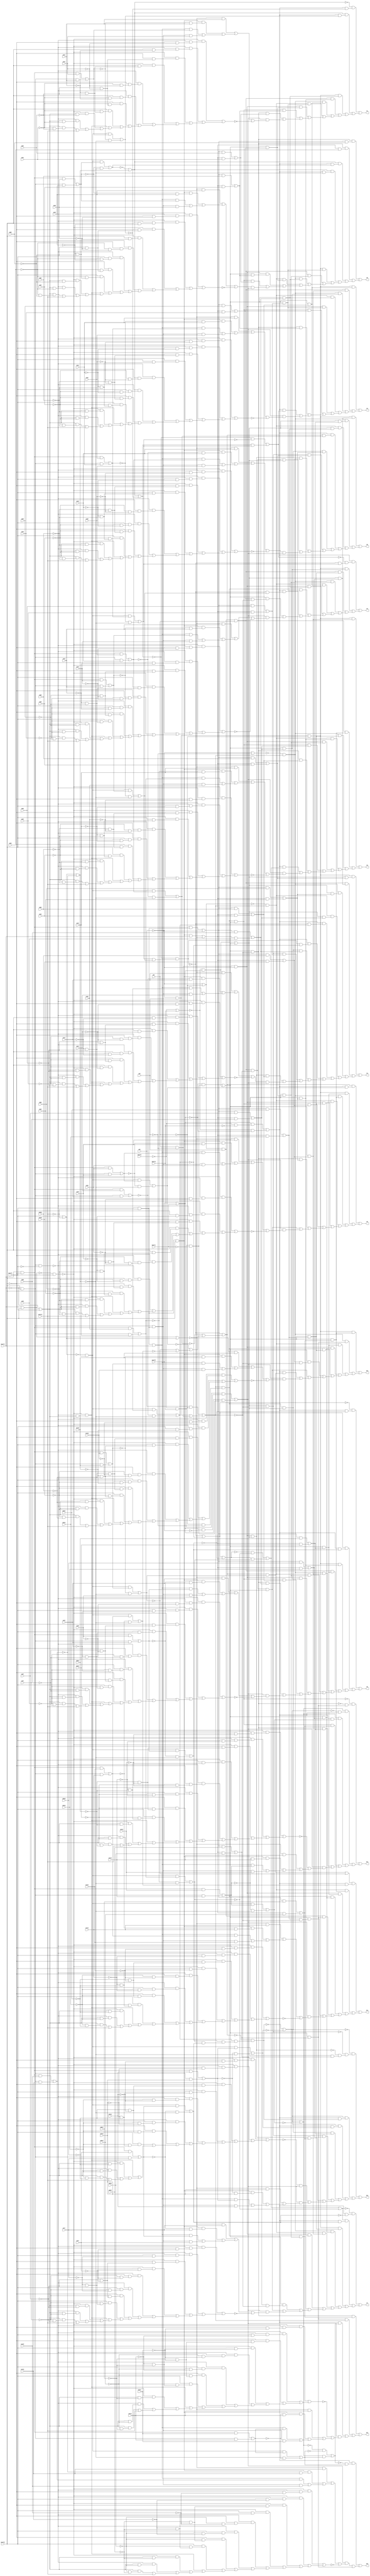
// IWLS benchmark module "dalu" printed on Wed May 29 16:32:29 2002
module dalu(inA15, inA14, inA13, inA12, inA11, inA10, inA9, inA8, inA7, inA6, inA5, inA4, inA3, inA2, inA1, inA0, inB15, inB14, inB13, inB12, inB11, inB10, inB9, inB8, inB7, inB6, inB5, inB4, inB3, inB2, inB1, inB0, inC15, inC14, inC13, inC12, inC11, inC10, inC9, inC8, inC7, inC6, inC5, inC4, inC3, inC2, inC1, inC0, inD15, inD14, inD13, inD12, inD11, inD10, inD9, inD8, inD7, inD6, inD5, inD4, inD3, inD2, inD1, inD0, opsel3, opsel2, opsel1, opsel0, musel4, musel3, musel2, musel1, sh2, sh1, sh0, O15, O14, O13, O12, O11, O10, O9, O8, O7, O6, O5, O4, O3, O2, O1, O0);
input
  inA0,
  inA1,
  inA2,
  inA3,
  inA4,
  inA5,
  inA6,
  inA7,
  inA8,
  inA9,
  inB0,
  inB1,
  inB2,
  inB3,
  inB4,
  inB5,
  inB6,
  inB7,
  inB8,
  inB9,
  inC0,
  inC1,
  inC2,
  inC3,
  inC4,
  inC5,
  inC6,
  inC7,
  inC8,
  inC9,
  inD0,
  inD1,
  inD2,
  inD3,
  inD4,
  inD5,
  inD6,
  inD7,
  inD8,
  inD9,
  inA10,
  inA11,
  inA12,
  inA13,
  inA14,
  inA15,
  inB10,
  inB11,
  inB12,
  inB13,
  inB14,
  inB15,
  inC10,
  inC11,
  inC12,
  inC13,
  inC14,
  inC15,
  inD10,
  inD11,
  inD12,
  inD13,
  inD14,
  inD15,
  musel1,
  musel2,
  musel3,
  musel4,
  sh0,
  sh1,
  sh2,
  opsel0,
  opsel1,
  opsel2,
  opsel3;
output
  O10,
  O11,
  O12,
  O13,
  O14,
  O15,
  O0,
  O1,
  O2,
  O3,
  O4,
  O5,
  O6,
  O7,
  O8,
  O9;
wire
  \[60] ,
  \[61] ,
  \[5928] ,
  \[8586] ,
  \[5542] ,
  \[62] ,
  \[63] ,
  \[64] ,
  \[65] ,
  \[8491] ,
  \[66] ,
  \[67] ,
  \[5835] ,
  \[69] ,
  \[8418] ,
  \[9529] ,
  \[6082] ,
  \[5645] ,
  \[9337] ,
  \[0] ,
  \[5933] ,
  \[5740] ,
  \[1] ,
  \[6008] ,
  \[9433] ,
  \[2] ,
  \[3] ,
  \[1478] ,
  \[4] ,
  \[5] ,
  \[71] ,
  \[6105] ,
  \[6] ,
  \[72] ,
  \[5840] ,
  \[7] ,
  \[73] ,
  \[1382] ,
  \[5554] ,
  \[8] ,
  \[74] ,
  \[5748] ,
  \[1400] ,
  \[5555] ,
  \[9] ,
  \[75] ,
  \[76] ,
  \[1115] ,
  \[8905] ,
  \[5844] ,
  \[77] ,
  \[8520] ,
  \[78] ,
  \[5653] ,
  \[5849] ,
  \[1502] ,
  \[6094] ,
  \[1580] ,
  \[6114] ,
  \[8335] ,
  \[82] ,
  \[5563] ,
  \[83] ,
  \[9449] ,
  \[84] ,
  \[5758] ,
  \[85] ,
  \[9545] ,
  \[5854] ,
  \[9353] ,
  \[88] ,
  \[8917] ,
  \[5663] ,
  \[89] ,
  \[5950] ,
  \[5859] ,
  \[9932] ,
  \[10] ,
  e10,
  e14,
  \[11] ,
  \[12] ,
  \[12790] ,
  \[13] ,
  \[1592] ,
  \[5957] ,
  \[14] ,
  \[8440] ,
  \[15] ,
  \[5573] ,
  \[17] ,
  \[19] ,
  \[467] ,
  \[96] ,
  \[5671] ,
  \[97] ,
  \[1616] ,
  \[5865] ,
  \[8540] ,
  \[98] ,
  \[1424] ,
  \[8929] ,
  \[102] ,
  \[1520] ,
  \[103] ,
  \[104] ,
  \[20] ,
  \[5771] ,
  \[9369] ,
  \[105] ,
  \[6038] ,
  \[21] ,
  \[106] ,
  \[6039] ,
  \[950] ,
  \[107] ,
  \[9465] ,
  \[23] ,
  \[1332] ,
  \[5967] ,
  \[5581] ,
  \[24] ,
  \[25] ,
  \[9561] ,
  \[5870] ,
  \[26] ,
  \[27] ,
  \[28] ,
  \[29] ,
  \[5681] ,
  \[5875] ,
  \[8263] ,
  \[8360] ,
  \[5609] ,
  \[30] ,
  \[5704] ,
  \[5781] ,
  \[31] ,
  \[32] ,
  \[33] ,
  \[5591] ,
  \[34] ,
  \[1630] ,
  \[35] ,
  \[8941] ,
  \[36] ,
  \[1538] ,
  \[484] ,
  \[5881] ,
  \[37] ,
  \[38] ,
  \[5789] ,
  \[8464] ,
  \[39] ,
  \[1442] ,
  \[5807] ,
  \[1349] ,
  \[6052] ,
  \[9577] ,
  \[5599] ,
  \[9401] ,
  \[5886] ,
  \[9385] ,
  \[5617] ,
  \[5904] ,
  \[5694] ,
  \[8562] ,
  \[5712] ,
  \[9674] ,
  \[9481] ,
  \[40] ,
  \[41] ,
  \[9677] ,
  \[42] ,
  \[5909] ,
  \[8181] ,
  \[43] ,
  \[44] ,
  \[5988] ,
  \[45] ,
  \[46] ,
  \[47] ,
  \[9776] ,
  \[782] ,
  \[48] ,
  \[5799] ,
  \[5893] ,
  \[49] ,
  \[5817] ,
  \[9779] ,
  e2,
  e6,
  e9,
  \[6063] ,
  \[5627] ,
  \[5898] ,
  \[8286] ,
  \[5722] ,
  \[5993] ,
  \[50] ,
  \[5917] ,
  \[5994] ,
  \[9417] ,
  \[52] ,
  \[53] ,
  \[54] ,
  \[1556] ,
  \[9513] ,
  \[5998] ,
  pgx3,
  \[9497] ,
  \[55] ,
  \[1364] ,
  \[56] ,
  \[8388] ,
  \[57] ,
  \[1460] ,
  \[5825] ,
  \[58] ,
  \[59] ,
  \[9883] ,
  \[5635] ,
  \[5922] ,
  \[5730] ,
  \[8313] ;
assign
  \[60]  = \[57]  & ~sh1,
  \[61]  = 0,
  \[5928]  = (\[45]  & \[9561] ) | (~\[9561]  & ~\[5849] ),
  \[8586]  = (\[38]  & inB1) | (\[21]  & inD1),
  \[5542]  = (~\[42]  & (~\[40]  & (~musel2 & ~inA15))) | ((~\[42]  & (~\[40]  & (musel2 & ~inC15))) | ((~\[42]  & (~musel2 & (~inB15 & ~inA15))) | ((~\[42]  & (musel2 & (~inC15 & ~inB15))) | ((~\[40]  & (~musel2 & (~inD15 & ~inA15))) | ((~\[40]  & (musel2 & (~inD15 & ~inC15))) | ((~musel2 & (~inD15 & (~inB15 & ~inA15))) | ((musel2 & (~inD15 & (~inC15 & ~inB15))) | ((~\[42]  & (~\[40]  & \[30] )) | ((~\[42]  & (\[30]  & ~inB15)) | ((~\[40]  & (\[30]  & ~inD15)) | ((\[30]  & (~inD15 & ~inB15)) | musel4))))))))))),
  \[62]  = 0,
  \[63]  = 0,
  \[64]  = ~\[5933]  | \[5849] ,
  \[65]  = ~pgx3 | ~\[5865] ,
  \[8491]  = (\[38]  & inB5) | (\[21]  & inD5),
  \[66]  = \[5998] ,
  \[67]  = ~\[12790]  | ~\[5886] ,
  \[5835]  = (\[43]  & inC0) | \[1364] ,
  \[69]  = \[5663]  | ~\[5653] ,
  \[8418]  = (\[38]  & inB8) | (\[21]  & inD8),
  \[9529]  = (\[34]  & inA3) | (\[27]  & inC3),
  \[6082]  = \[5781]  | ~\[5771] ,
  \[5645]  = (\[43]  & inC10) | \[1556] ,
  \[9337]  = (\[34]  & inA15) | (\[27]  & inC15),
  \[0]  = (\[31]  & (~\[8905]  & \[5854] )) | ((\[29]  & \[5555] ) | \[83] ),
  \[5933]  = (\[45]  & \[9577] ) | (~\[9577]  & ~\[5849] ),
  \[5740]  = (\[43]  & inC5) | \[1460] ,
  \[1]  = (\[85]  & \[8263] ) | ((\[83]  & \[5950] ) | ((\[31]  & \[8905] ) | (\[29]  & ~e14))),
  \[6008]  = \[5645]  | ~\[5635] ,
  \[9433]  = (\[34]  & inA9) | (\[27]  & inC9),
  \[2]  = (~\[107]  & (~\[85]  & \[83] )) | ((\[96]  & (~\[65]  & \[31] )) | ((\[96]  & (\[31]  & \[5859] )) | ((\[107]  & \[8263] ) | ((\[85]  & \[8286] ) | (\[29]  & \[5967] ))))),
  \[3]  = (~\[106]  & (~\[105]  & (~\[104]  & (\[20]  & \[8181] )))) | ((\[65]  & (\[31]  & pgx3)) | ((\[65]  & (\[31]  & \[5865] )) | ((\[106]  & \[8286] ) | ((\[105]  & \[8313] ) | ((\[104]  & \[8263] ) | ((\[36]  & \[24] ) | (\[24]  & \[5609] ))))))),
  \[1478]  = (\[35]  & (~\[9481]  & inC6)) | ((\[39]  & \[9481] ) | (\[37]  & inA6)),
  \[4]  = (\[88]  & (\[31]  & \[5893] )) | ((\[55]  & (\[17]  & \[8263] )) | ((\[54]  & (\[17]  & \[8286] )) | ((\[53]  & (\[17]  & \[8313] )) | ((\[50]  & (\[17]  & \[8181] )) | ((\[17]  & (\[8335]  & ~\[5950] )) | (\[29]  & \[5993] )))))),
  \[5]  = (\[60]  & (\[17]  & \[8263] )) | ((\[58]  & (\[17]  & \[8181] )) | ((\[55]  & (\[17]  & \[8286] )) | ((\[54]  & (\[17]  & \[8313] )) | ((\[53]  & (\[17]  & \[8335] )) | ((\[17]  & (\[8360]  & ~\[5950] )) | ((\[84]  & \[17] ) | ((\[31]  & \[8917] ) | (\[29]  & ~e10)))))))),
  \[71]  = 0,
  \[6105]  = \[5817]  | ~\[5807] ,
  \[6]  = (\[66]  & (\[31]  & \[5904] )) | ((\[60]  & (\[17]  & \[8286] )) | ((\[58]  & (\[17]  & \[8263] )) | ((\[55]  & (\[17]  & \[8313] )) | ((\[54]  & (\[17]  & \[8335] )) | ((\[107]  & \[8360] ) | ((\[85]  & \[8388] ) | ((\[84]  & \[17] ) | (\[29]  & ~e9)))))))),
  \[72]  = 0,
  \[5840]  = 0,
  \[7]  = (\[60]  & (\[20]  & \[8313] )) | ((\[58]  & (\[20]  & \[8286] )) | ((\[55]  & (\[20]  & \[8335] )) | ((\[31]  & (\[5998]  & \[5909] )) | ((\[106]  & \[8388] ) | ((\[105]  & \[8418] ) | ((\[104]  & \[8360] ) | ((\[84]  & \[20] ) | (~\[77]  & \[24] )))))))),
  \[73]  = ~opsel2 | opsel3,
  \[1382]  = (\[35]  & (~\[9561]  & inC1)) | ((\[39]  & \[9561] ) | (\[37]  & inA1)),
  \[5554]  = (\[43]  & inC15) | \[1630] ,
  \[8]  = (~\[89]  & (\[31]  & ~\[5870] )) | ((\[89]  & (\[31]  & \[5870] )) | ((\[60]  & (\[17]  & \[8335] )) | ((\[58]  & (\[17]  & \[8313] )) | ((\[55]  & (\[17]  & \[8360] )) | ((\[54]  & (\[17]  & \[8388] )) | ((\[53]  & (\[17]  & \[8418] )) | ((\[17]  & (\[8440]  & ~\[5950] )) | ((\[84]  & \[17] ) | (\[29]  & \[6038] ))))))))),
  \[74]  = 0,
  \[5748]  = (~\[42]  & (~\[40]  & (~musel2 & ~inA4))) | ((~\[42]  & (~\[40]  & (musel2 & ~inC4))) | ((~\[42]  & (~musel2 & (~inB4 & ~inA4))) | ((~\[42]  & (musel2 & (~inC4 & ~inB4))) | ((~\[40]  & (~musel2 & (~inD4 & ~inA4))) | ((~\[40]  & (musel2 & (~inD4 & ~inC4))) | ((~musel2 & (~inD4 & (~inB4 & ~inA4))) | ((musel2 & (~inD4 & (~inC4 & ~inB4))) | ((~\[42]  & (~\[40]  & \[30] )) | ((~\[42]  & (\[30]  & ~inB4)) | ((~\[40]  & (\[30]  & ~inD4)) | ((\[30]  & (~inD4 & ~inB4)) | musel4))))))))))),
  \[1400]  = (\[35]  & (~\[9545]  & inC2)) | ((\[39]  & \[9545] ) | (\[37]  & inA2)),
  \[5555]  = \[5554]  | ~\[5542] ,
  \[9]  = (\[60]  & (\[17]  & \[8360] )) | ((\[59]  & (\[17]  & \[8263] )) | ((\[58]  & (\[17]  & \[8335] )) | ((\[55]  & (\[17]  & \[8388] )) | ((\[54]  & (\[17]  & \[8418] )) | ((\[107]  & \[8440] ) | ((\[85]  & \[8464] ) | ((\[31]  & \[8929] ) | (\[29]  & ~e6)))))))),
  \[75]  = 0,
  \[76]  = ~\[9677] ,
  \[1115]  = 0,
  \[8905]  = (~\[96]  & ~\[5854] ) | (\[96]  & \[5854] ),
  \[5844]  = 0,
  \[77]  = ~\[9883] ,
  \[8520]  = (\[38]  & inB4) | (\[21]  & inD4),
  \[78]  = ~\[9779] ,
  \[5653]  = (~\[42]  & (~\[40]  & (~musel2 & ~inA9))) | ((~\[42]  & (~\[40]  & (musel2 & ~inC9))) | ((~\[42]  & (~musel2 & (~inB9 & ~inA9))) | ((~\[42]  & (musel2 & (~inC9 & ~inB9))) | ((~\[40]  & (~musel2 & (~inD9 & ~inA9))) | ((~\[40]  & (musel2 & (~inD9 & ~inC9))) | ((~musel2 & (~inD9 & (~inB9 & ~inA9))) | ((musel2 & (~inD9 & (~inC9 & ~inB9))) | ((~\[42]  & (~\[40]  & \[30] )) | ((~\[42]  & (\[30]  & ~inB9)) | ((~\[40]  & (\[30]  & ~inD9)) | ((\[30]  & (~inD9 & ~inB9)) | musel4))))))))))),
  \[5849]  = \[19]  | ~\[9337] ,
  \[1502]  = (\[35]  & (~\[9465]  & inC7)) | ((\[39]  & \[9465] ) | (\[37]  & inA7)),
  \[6094]  = \[5799]  | ~\[5789] ,
  \[1580]  = (\[35]  & (~\[9401]  & inC11)) | ((\[39]  & \[9401] ) | (\[37]  & inA11)),
  \[6114]  = opsel0 | opsel1,
  \[8335]  = (\[38]  & inB11) | (\[21]  & inD11),
  \[82]  = \[64]  | ~\[5928] ,
  \[5563]  = (~\[42]  & (~\[40]  & (~musel2 & ~inA14))) | ((~\[42]  & (~\[40]  & (musel2 & ~inC14))) | ((~\[42]  & (~musel2 & (~inB14 & ~inA14))) | ((~\[42]  & (musel2 & (~inC14 & ~inB14))) | ((~\[40]  & (~musel2 & (~inD14 & ~inA14))) | ((~\[40]  & (musel2 & (~inD14 & ~inC14))) | ((~musel2 & (~inD14 & (~inB14 & ~inA14))) | ((musel2 & (~inD14 & (~inC14 & ~inB14))) | ((~\[42]  & (~\[40]  & \[30] )) | ((~\[42]  & (\[30]  & ~inB14)) | ((~\[40]  & (\[30]  & ~inD14)) | ((\[30]  & (~inD14 & ~inB14)) | musel4))))))))))),
  \[83]  = \[17]  & \[8181] ,
  \[9449]  = (\[34]  & inA8) | (\[27]  & inC8),
  \[84]  = \[59]  & \[8181] ,
  \[5758]  = (\[43]  & inC4) | \[1442] ,
  \[85]  = \[17]  & ~\[5950] ,
  \[9545]  = (\[34]  & inA2) | (\[27]  & inC2),
  \[5854]  = (\[45]  & \[9353] ) | (~\[5849]  & ~\[9353] ),
  \[9353]  = (\[34]  & inA14) | (\[27]  & inC14),
  \[88]  = \[8917]  | ~\[5898] ,
  \[8917]  = \[97]  & \[5898] ,
  \[5663]  = (\[43]  & inC9) | \[1538] ,
  \[89]  = \[8929]  | ~\[5875] ,
  \[5950]  = (sh0 & ~sh1) | (\[57]  | \[52] ),
  \[5859]  = (\[45]  & \[9369] ) | (~\[9369]  & ~\[5849] ),
  \[9932]  = 0,
  \[10]  = (~\[67]  & (\[31]  & ~\[5881] )) | ((\[67]  & (\[31]  & \[5881] )) | ((\[60]  & (\[17]  & \[8388] )) | ((\[59]  & (\[17]  & \[8286] )) | ((\[58]  & (\[17]  & \[8360] )) | ((\[55]  & (\[17]  & \[8418] )) | ((\[54]  & (\[17]  & \[8440] )) | ((\[107]  & \[8464] ) | ((\[85]  & \[8491] ) | (\[29]  & \[6063] ))))))))),
  e10 = ~\[6008] ,
  e14 = \[33] ,
  \[11]  = (\[60]  & (\[20]  & \[8418] )) | ((\[59]  & (\[20]  & \[8313] )) | ((\[58]  & (\[20]  & \[8388] )) | ((\[55]  & (\[20]  & \[8440] )) | ((\[31]  & (~\[12790]  & \[5886] )) | ((\[31]  & (\[12790]  & ~\[5886] )) | ((\[106]  & \[8491] ) | ((\[105]  & \[8520] ) | ((\[104]  & \[8464] ) | (~\[78]  & \[24] ))))))))),
  \[12]  = (\[31]  & (~\[8941]  & (~\[12790]  & \[5922] ))) | ((\[60]  & (\[17]  & \[8440] )) | ((\[59]  & (\[17]  & \[8335] )) | ((\[58]  & (\[17]  & \[8418] )) | ((\[55]  & (\[17]  & \[8464] )) | ((\[54]  & (\[17]  & \[8491] )) | ((\[53]  & (\[17]  & \[8520] )) | ((\[31]  & (~\[12790]  & \[5917] )) | ((\[17]  & (\[8540]  & ~\[5950] )) | (\[29]  & \[6082] ))))))))),
  \[12790]  = ~\[82]  & (\[5922]  & \[5917] ),
  \[13]  = (\[60]  & (\[17]  & \[8464] )) | ((\[59]  & (\[17]  & \[8360] )) | ((\[58]  & (\[17]  & \[8440] )) | ((\[55]  & (\[17]  & \[8491] )) | ((\[54]  & (\[17]  & \[8520] )) | ((\[107]  & \[8540] ) | ((\[85]  & \[8562] ) | ((\[31]  & \[8941] ) | (\[29]  & ~e2)))))))),
  \[1592]  = (\[35]  & (~\[9369]  & inC13)) | ((\[39]  & \[9369] ) | (\[37]  & inA13)),
  \[5957]  = ~sh0 | ~sh2,
  \[14]  = (~\[64]  & (\[31]  & ~\[5928] )) | ((\[64]  & (\[31]  & \[5928] )) | ((\[60]  & (\[17]  & \[8491] )) | ((\[59]  & (\[17]  & \[8388] )) | ((\[58]  & (\[17]  & \[8464] )) | ((\[55]  & (\[17]  & \[8520] )) | ((\[54]  & (\[17]  & \[8540] )) | ((\[107]  & \[8562] ) | ((\[85]  & \[8586] ) | (\[29]  & \[6105] ))))))))),
  \[8440]  = (\[38]  & inB7) | (\[21]  & inD7),
  \[15]  = (\[85]  & (\[38]  & inB0)) | ((\[85]  & (\[21]  & inD0)) | ((\[64]  & (\[31]  & \[5933] )) | ((\[64]  & (\[31]  & ~\[5849] )) | ((\[60]  & (\[17]  & \[8520] )) | ((\[59]  & (\[17]  & \[8418] )) | ((\[58]  & (\[17]  & \[8491] )) | ((\[55]  & (\[17]  & \[8540] )) | ((\[54]  & (\[17]  & \[8562] )) | ((\[107]  & \[8586] ) | (~\[76]  & \[29] )))))))))),
  \[5573]  = (\[43]  & inC14) | \[1616] ,
  \[17]  = (~\[6114]  & \[1349] ) | \[102] ,
  \[19]  = musel3 | ~musel4,
  \[467]  = \[17] ,
  \[96]  = \[65]  | ~\[5859] ,
  \[5671]  = (~\[42]  & (~\[40]  & (~musel2 & ~inA8))) | ((~\[42]  & (~\[40]  & (musel2 & ~inC8))) | ((~\[42]  & (~musel2 & (~inB8 & ~inA8))) | ((~\[42]  & (musel2 & (~inC8 & ~inB8))) | ((~\[40]  & (~musel2 & (~inD8 & ~inA8))) | ((~\[40]  & (musel2 & (~inD8 & ~inC8))) | ((~musel2 & (~inD8 & (~inB8 & ~inA8))) | ((musel2 & (~inD8 & (~inC8 & ~inB8))) | ((~\[42]  & (~\[40]  & \[30] )) | ((~\[42]  & (\[30]  & ~inB8)) | ((~\[40]  & (\[30]  & ~inD8)) | ((\[30]  & (~inD8 & ~inB8)) | musel4))))))))))),
  \[97]  = \[66] ,
  \[1616]  = (\[35]  & (~\[9353]  & inC14)) | ((\[39]  & \[9353] ) | (\[37]  & inA14)),
  \[5865]  = (\[45]  & \[9385] ) | (~\[9385]  & ~\[5849] ),
  \[8540]  = (\[38]  & inB3) | (\[21]  & inD3),
  \[98]  = \[67]  | ~\[5881] ,
  \[1424]  = (\[35]  & (~\[9529]  & inC3)) | ((\[39]  & \[9529] ) | (\[37]  & inA3)),
  \[8929]  = (~\[98]  & ~\[5875] ) | (\[98]  & \[5875] ),
  \[102]  = ~\[73]  & \[6114] ,
  \[1520]  = (\[35]  & (~\[9449]  & inC8)) | ((\[39]  & \[9449] ) | (\[37]  & inA8)),
  \[103]  = ~opsel2 & opsel3,
  \[104]  = \[54]  & \[20] ,
  \[20]  = \[102]  | \[467] ,
  \[5771]  = (~\[42]  & (~\[40]  & (~musel2 & ~inA3))) | ((~\[42]  & (~\[40]  & (musel2 & ~inC3))) | ((~\[42]  & (~musel2 & (~inB3 & ~inA3))) | ((~\[42]  & (musel2 & (~inC3 & ~inB3))) | ((~\[40]  & (~musel2 & (~inD3 & ~inA3))) | ((~\[40]  & (musel2 & (~inD3 & ~inC3))) | ((~musel2 & (~inD3 & (~inB3 & ~inA3))) | ((musel2 & (~inD3 & (~inC3 & ~inB3))) | ((~\[42]  & (~\[40]  & \[30] )) | ((~\[42]  & (\[30]  & ~inB3)) | ((~\[40]  & (\[30]  & ~inD3)) | ((\[30]  & (~inD3 & ~inB3)) | musel4))))))))))),
  \[9369]  = (\[34]  & inA13) | (\[27]  & inC13),
  \[105]  = \[20]  & ~\[5950] ,
  \[6038]  = \[5704]  | ~\[5694] ,
  \[21]  = (\[35]  & musel1) | ~\[25] ,
  \[106]  = \[53]  & \[20] ,
  \[6039]  = 0,
  \[950]  = 0,
  \[107]  = \[53]  & \[17] ,
  \[9465]  = (\[34]  & inA7) | (\[27]  & inC7),
  \[23]  = musel1 | musel2,
  \[1332]  = (\[35]  & (~\[9385]  & inC12)) | ((\[39]  & \[9385] ) | (\[37]  & inA12)),
  \[5967]  = ~\[5581]  | \[5591] ,
  \[5581]  = (~\[42]  & (~\[40]  & (~musel2 & ~inA13))) | ((~\[42]  & (~\[40]  & (musel2 & ~inC13))) | ((~\[42]  & (~musel2 & (~inB13 & ~inA13))) | ((~\[42]  & (musel2 & (~inC13 & ~inB13))) | ((~\[40]  & (~musel2 & (~inD13 & ~inA13))) | ((~\[40]  & (musel2 & (~inD13 & ~inC13))) | ((~musel2 & (~inD13 & (~inB13 & ~inA13))) | ((musel2 & (~inD13 & (~inC13 & ~inB13))) | ((~\[42]  & (~\[40]  & \[30] )) | ((~\[42]  & (\[30]  & ~inB13)) | ((~\[40]  & (\[30]  & ~inD13)) | ((\[30]  & (~inD13 & ~inB13)) | musel4))))))))))),
  \[24]  = \[29] ,
  \[25]  = \[23]  | \[19] ,
  \[9561]  = (\[34]  & inA1) | (\[27]  & inC1),
  \[5870]  = (\[45]  & \[9465] ) | (~\[9465]  & ~\[5849] ),
  \[26]  = musel3 & ~musel4,
  O10 = \[5] ,
  O11 = \[4] ,
  O12 = \[3] ,
  \[27]  = ~musel1 & musel2,
  O13 = \[2] ,
  O14 = \[1] ,
  O15 = \[0] ,
  \[28]  = ~\[5563]  | \[5573] ,
  \[29]  = (\[103]  & (\[6114]  & ~opsel0)) | (\[6114]  & \[1349] ),
  \[5681]  = (\[43]  & inC8) | \[1520] ,
  \[5875]  = (\[45]  & \[9481] ) | (~\[9481]  & ~\[5849] ),
  \[8263]  = (\[38]  & inB14) | (\[21]  & inD14),
  \[8360]  = (\[38]  & inB10) | (\[21]  & inD10),
  \[5609]  = (\[43]  & inC12) | \[1332] ,
  \[30]  = ~musel1 | musel3,
  \[5704]  = (\[43]  & inC7) | \[1502] ,
  \[5781]  = (\[43]  & inC3) | \[1424] ,
  \[31]  = (\[6114]  & (~opsel2 & ~opsel3)) | (~\[73]  & ~\[6114] ),
  \[32]  = 0,
  \[33]  = ~\[28] ,
  \[5591]  = (\[43]  & inC13) | \[1592] ,
  \[34]  = musel1 & ~musel2,
  \[1630]  = (\[35]  & (~\[9337]  & inC15)) | ((\[39]  & \[9337] ) | (\[37]  & inA15)),
  O0 = \[15] ,
  \[35]  = \[26]  & musel2,
  O1 = \[14] ,
  O2 = \[13] ,
  O3 = \[12] ,
  O4 = \[11] ,
  O5 = \[10] ,
  O6 = \[9] ,
  O7 = \[8] ,
  O8 = \[7] ,
  O9 = \[6] ,
  \[8941]  = (~\[82]  & ~\[5922] ) | (\[82]  & \[5922] ),
  \[36]  = ~\[5599] ,
  \[1538]  = (\[35]  & (~\[9433]  & inC9)) | ((\[39]  & \[9433] ) | (\[37]  & inA9)),
  \[484]  = 0,
  \[5881]  = (\[45]  & \[9497] ) | (~\[9497]  & ~\[5849] ),
  \[37]  = \[27]  & \[26] ,
  \[38]  = (\[34]  & \[26] ) | \[37] ,
  \[5789]  = (~\[42]  & (~\[40]  & (~musel2 & ~inA2))) | ((~\[42]  & (~\[40]  & (musel2 & ~inC2))) | ((~\[42]  & (~musel2 & (~inB2 & ~inA2))) | ((~\[42]  & (musel2 & (~inC2 & ~inB2))) | ((~\[40]  & (~musel2 & (~inD2 & ~inA2))) | ((~\[40]  & (musel2 & (~inD2 & ~inC2))) | ((~musel2 & (~inD2 & (~inB2 & ~inA2))) | ((musel2 & (~inD2 & (~inC2 & ~inB2))) | ((~\[42]  & (~\[40]  & \[30] )) | ((~\[42]  & (\[30]  & ~inB2)) | ((~\[40]  & (\[30]  & ~inD2)) | ((\[30]  & (~inD2 & ~inB2)) | musel4))))))))))),
  \[8464]  = (\[38]  & inB6) | (\[21]  & inD6),
  \[39]  = \[26]  & musel1,
  \[1442]  = (\[35]  & (~\[9513]  & inC4)) | ((\[39]  & \[9513] ) | (\[37]  & inA4)),
  \[5807]  = (~\[42]  & (~\[40]  & (~musel2 & ~inA1))) | ((~\[42]  & (~\[40]  & (musel2 & ~inC1))) | ((~\[42]  & (~musel2 & (~inB1 & ~inA1))) | ((~\[42]  & (musel2 & (~inC1 & ~inB1))) | ((~\[40]  & (~musel2 & (~inD1 & ~inA1))) | ((~\[40]  & (musel2 & (~inD1 & ~inC1))) | ((~musel2 & (~inD1 & (~inB1 & ~inA1))) | ((musel2 & (~inD1 & (~inC1 & ~inB1))) | ((~\[42]  & (~\[40]  & \[30] )) | ((~\[42]  & (\[30]  & ~inB1)) | ((~\[40]  & (\[30]  & ~inD1)) | ((\[30]  & (~inD1 & ~inB1)) | musel4))))))))))),
  \[1349]  = \[103]  & ~opsel1,
  \[6052]  = \[5722]  | ~\[5712] ,
  \[9577]  = (\[34]  & inA0) | (\[27]  & inC0),
  \[5599]  = (~\[42]  & (~\[40]  & (~musel2 & ~inA12))) | ((~\[42]  & (~\[40]  & (musel2 & ~inC12))) | ((~\[42]  & (~musel2 & (~inB12 & ~inA12))) | ((~\[42]  & (musel2 & (~inC12 & ~inB12))) | ((~\[40]  & (~musel2 & (~inD12 & ~inA12))) | ((~\[40]  & (musel2 & (~inD12 & ~inC12))) | ((~musel2 & (~inD12 & (~inB12 & ~inA12))) | ((musel2 & (~inD12 & (~inC12 & ~inB12))) | ((~\[42]  & (~\[40]  & \[30] )) | ((~\[42]  & (\[30]  & ~inB12)) | ((~\[40]  & (\[30]  & ~inD12)) | ((\[30]  & (~inD12 & ~inB12)) | musel4))))))))))),
  \[9401]  = (\[34]  & inA11) | (\[27]  & inC11),
  \[5886]  = (\[45]  & \[9513] ) | (~\[9513]  & ~\[5849] ),
  \[9385]  = (\[34]  & inA12) | (\[27]  & inC12),
  \[5617]  = (~\[42]  & (~\[40]  & (~musel2 & ~inA11))) | ((~\[42]  & (~\[40]  & (musel2 & ~inC11))) | ((~\[42]  & (~musel2 & (~inB11 & ~inA11))) | ((~\[42]  & (musel2 & (~inC11 & ~inB11))) | ((~\[40]  & (~musel2 & (~inD11 & ~inA11))) | ((~\[40]  & (musel2 & (~inD11 & ~inC11))) | ((~musel2 & (~inD11 & (~inB11 & ~inA11))) | ((musel2 & (~inD11 & (~inC11 & ~inB11))) | ((~\[42]  & (~\[40]  & \[30] )) | ((~\[42]  & (\[30]  & ~inB11)) | ((~\[40]  & (\[30]  & ~inD11)) | ((\[30]  & (~inD11 & ~inB11)) | musel4))))))))))),
  \[5904]  = (\[45]  & \[9433] ) | (~\[9433]  & ~\[5849] ),
  \[5694]  = (~\[42]  & (~\[40]  & (~musel2 & ~inA7))) | ((~\[42]  & (~\[40]  & (musel2 & ~inC7))) | ((~\[42]  & (~musel2 & (~inB7 & ~inA7))) | ((~\[42]  & (musel2 & (~inC7 & ~inB7))) | ((~\[40]  & (~musel2 & (~inD7 & ~inA7))) | ((~\[40]  & (musel2 & (~inD7 & ~inC7))) | ((~musel2 & (~inD7 & (~inB7 & ~inA7))) | ((musel2 & (~inD7 & (~inC7 & ~inB7))) | ((~\[42]  & (~\[40]  & \[30] )) | ((~\[42]  & (\[30]  & ~inB7)) | ((~\[40]  & (\[30]  & ~inD7)) | ((\[30]  & (~inD7 & ~inB7)) | musel4))))))))))),
  \[8562]  = (\[38]  & inB2) | (\[21]  & inD2),
  \[5712]  = (~\[42]  & (~\[40]  & (~musel2 & ~inA6))) | ((~\[42]  & (~\[40]  & (musel2 & ~inC6))) | ((~\[42]  & (~musel2 & (~inB6 & ~inA6))) | ((~\[42]  & (musel2 & (~inC6 & ~inB6))) | ((~\[40]  & (~musel2 & (~inD6 & ~inA6))) | ((~\[40]  & (musel2 & (~inD6 & ~inC6))) | ((~musel2 & (~inD6 & (~inB6 & ~inA6))) | ((musel2 & (~inD6 & (~inC6 & ~inB6))) | ((~\[42]  & (~\[40]  & \[30] )) | ((~\[42]  & (\[30]  & ~inB6)) | ((~\[40]  & (\[30]  & ~inD6)) | ((\[30]  & (~inD6 & ~inB6)) | musel4))))))))))),
  \[9674]  = 0,
  \[9481]  = (\[34]  & inA6) | (\[27]  & inC6),
  \[40]  = \[27]  & ~musel3,
  \[41]  = 0,
  \[9677]  = \[5835]  | ~\[5825] ,
  \[42]  = ~\[23]  & musel3,
  \[5909]  = (\[45]  & \[9449] ) | (~\[9449]  & ~\[5849] ),
  \[8181]  = (\[38]  & inB15) | (\[21]  & inD15),
  \[43]  = ~\[25] ,
  \[44]  = 0,
  \[5988]  = ~sh0 | ~sh1,
  \[45]  = ~\[19]  & \[5849] ,
  \[46]  = 0,
  \[47]  = 0,
  \[9776]  = 0,
  \[782]  = 0,
  \[48]  = 0,
  \[5799]  = (\[43]  & inC2) | \[1400] ,
  \[5893]  = (\[45]  & \[9401] ) | (~\[9401]  & ~\[5849] ),
  \[49]  = 0,
  \[5817]  = (\[43]  & inC1) | \[1382] ,
  \[9779]  = \[5758]  | ~\[5748] ,
  e2 = ~\[6094] ,
  e6 = ~\[6052] ,
  e9 = ~\[69] ,
  \[6063]  = \[5740]  | ~\[5730] ,
  \[5627]  = (\[43]  & inC11) | \[1580] ,
  \[5898]  = (\[45]  & \[9417] ) | (~\[9417]  & ~\[5849] ),
  \[8286]  = (\[38]  & inB13) | (\[21]  & inD13),
  \[5722]  = (\[43]  & inC6) | \[1478] ,
  \[5993]  = \[5627]  | ~\[5617] ,
  \[50]  = \[5988]  & sh2,
  \[5917]  = (\[45]  & \[9529] ) | (~\[9529]  & ~\[5849] ),
  \[5994]  = 0,
  \[9417]  = (\[34]  & inA10) | (\[27]  & inC10),
  \[52]  = sh1 & ~sh2,
  \[53]  = \[5950]  & (~sh1 & ~sh2),
  \[54]  = \[52]  & ~sh0,
  \[1556]  = (\[35]  & (~\[9417]  & inC10)) | ((\[39]  & \[9417] ) | (\[37]  & inA10)),
  \[9513]  = (\[34]  & inA4) | (\[27]  & inC4),
  \[5998]  = ~\[12790]  | (~\[5909]  | (~\[5904]  | (~\[5898]  | ~\[5893] ))),
  pgx3 = ~\[5998]  & (\[5886]  & (\[5881]  & (\[5875]  & \[5870] ))),
  \[9497]  = (\[34]  & inA5) | (\[27]  & inC5),
  \[55]  = ~\[5988]  & \[5950] ,
  \[1364]  = (\[35]  & (~\[9577]  & inC0)) | ((\[39]  & \[9577] ) | (\[37]  & inA0)),
  \[56]  = 0,
  \[8388]  = (\[38]  & inB9) | (\[21]  & inD9),
  \[57]  = ~sh0 & sh2,
  \[1460]  = (\[35]  & (~\[9497]  & inC5)) | ((\[39]  & \[9497] ) | (\[37]  & inA5)),
  \[5825]  = (~\[42]  & (~\[40]  & (~musel2 & ~inA0))) | ((~\[42]  & (~\[40]  & (musel2 & ~inC0))) | ((~\[42]  & (~musel2 & (~inB0 & ~inA0))) | ((~\[42]  & (musel2 & (~inC0 & ~inB0))) | ((~\[40]  & (~musel2 & (~inD0 & ~inA0))) | ((~\[40]  & (musel2 & (~inD0 & ~inC0))) | ((~musel2 & (~inD0 & (~inB0 & ~inA0))) | ((musel2 & (~inD0 & (~inC0 & ~inB0))) | ((~\[42]  & (~\[40]  & \[30] )) | ((~\[42]  & (\[30]  & ~inB0)) | ((~\[40]  & (\[30]  & ~inD0)) | ((\[30]  & (~inD0 & ~inB0)) | musel4))))))))))),
  \[58]  = ~\[5957]  & \[5950] ,
  \[59]  = \[50]  & sh1,
  \[9883]  = \[5681]  | ~\[5671] ,
  \[5635]  = (~\[42]  & (~\[40]  & (~musel2 & ~inA10))) | ((~\[42]  & (~\[40]  & (musel2 & ~inC10))) | ((~\[42]  & (~musel2 & (~inB10 & ~inA10))) | ((~\[42]  & (musel2 & (~inC10 & ~inB10))) | ((~\[40]  & (~musel2 & (~inD10 & ~inA10))) | ((~\[40]  & (musel2 & (~inD10 & ~inC10))) | ((~musel2 & (~inD10 & (~inB10 & ~inA10))) | ((musel2 & (~inD10 & (~inC10 & ~inB10))) | ((~\[42]  & (~\[40]  & \[30] )) | ((~\[42]  & (\[30]  & ~inB10)) | ((~\[40]  & (\[30]  & ~inD10)) | ((\[30]  & (~inD10 & ~inB10)) | musel4))))))))))),
  \[5922]  = (\[45]  & \[9545] ) | (~\[9545]  & ~\[5849] ),
  \[5730]  = (~\[42]  & (~\[40]  & (~musel2 & ~inA5))) | ((~\[42]  & (~\[40]  & (musel2 & ~inC5))) | ((~\[42]  & (~musel2 & (~inB5 & ~inA5))) | ((~\[42]  & (musel2 & (~inC5 & ~inB5))) | ((~\[40]  & (~musel2 & (~inD5 & ~inA5))) | ((~\[40]  & (musel2 & (~inD5 & ~inC5))) | ((~musel2 & (~inD5 & (~inB5 & ~inA5))) | ((musel2 & (~inD5 & (~inC5 & ~inB5))) | ((~\[42]  & (~\[40]  & \[30] )) | ((~\[42]  & (\[30]  & ~inB5)) | ((~\[40]  & (\[30]  & ~inD5)) | ((\[30]  & (~inD5 & ~inB5)) | musel4))))))))))),
  \[8313]  = (\[38]  & inB12) | (\[21]  & inD12);
endmodule